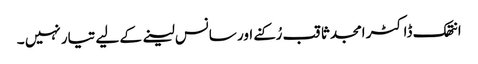
انتھک ڈاکٹر امجد ثاقب رُکنے اور سانس لینے کے لیے تیار نہیں ۔